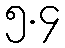
၅.၄